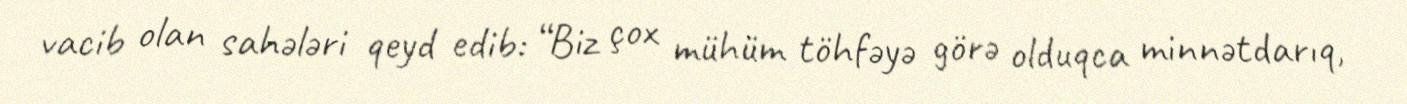
vacib olan sahələri qeyd edib: “Biz çox mühüm töhfəyə görə olduqca minnətdarıq,